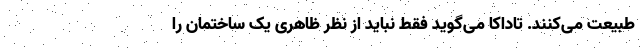
طبیعت می‌کنند. تاداکا می‌گوید فقط نباید از نظر ظاهری یک ساختمان را